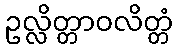
ဥလ္လိတ္တာဝလိတ္တံ